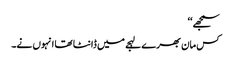
سمجھے‘‘
کس مان بھرے لہجے میں ڈانٹا تھا انہوں نے۔